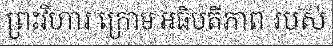
ព្រះវិហារ ក្រោម អធិបតីភាព របស់